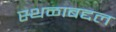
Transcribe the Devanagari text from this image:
स्थळाबद्दल